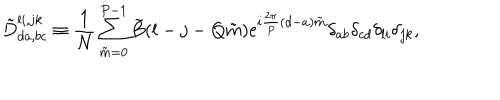
\tilde { D } _ { d a , b c } ^ { l i , j k } \equiv { \frac { 1 } { N } } \sum _ { \tilde { m } = 0 } ^ { P - 1 } \tilde { B } ( l - j - Q \tilde { m } ) \mathrm { e } ^ { i { \frac { 2 \pi } { P } } ( d - a ) \tilde { m } } \delta _ { a b } \delta _ { c d } \delta _ { l i } \delta _ { j k } ,